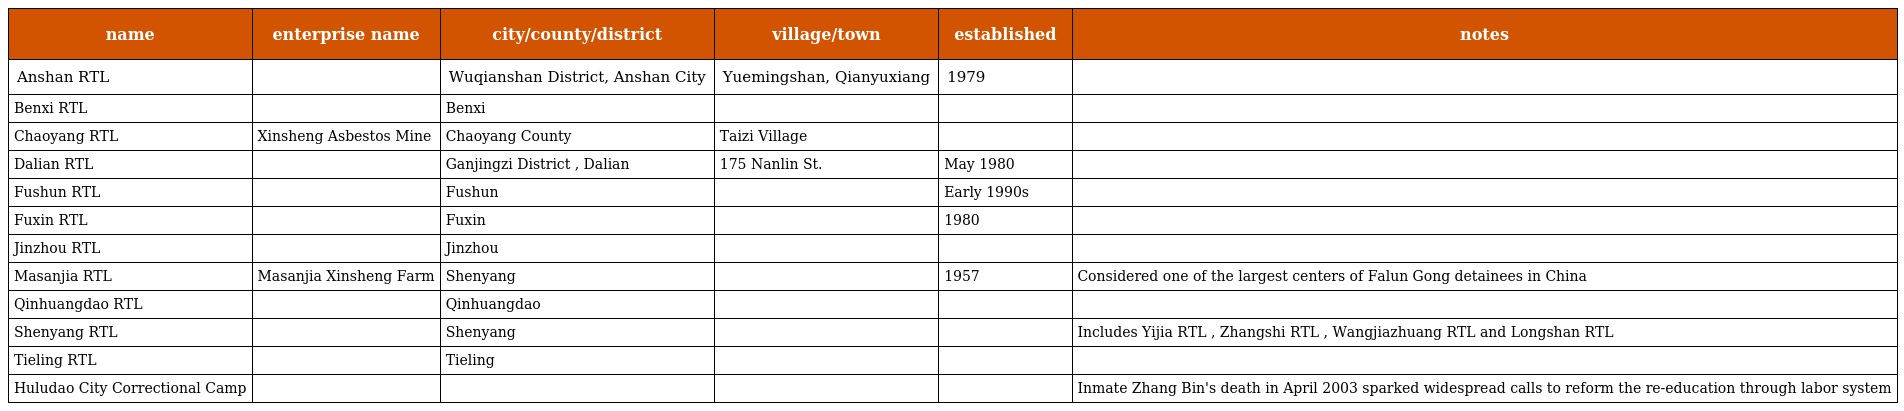
| name | enterprise name | city/county/district | village/town | established | notes |
 | --- | --- | --- | --- | --- | --- |
 | Anshan RTL |  | Wuqianshan District, Anshan City | Yuemingshan, Qianyuxiang | 1979 |  |
 | Benxi RTL |  | Benxi |  |  |  |
 | Chaoyang RTL | Xinsheng Asbestos Mine | Chaoyang County | Taizi Village |  |  |
 | Dalian RTL |  | Ganjingzi District , Dalian | 175 Nanlin St. | May 1980 |  |
 | Fushun RTL |  | Fushun |  | Early 1990s |  |
 | Fuxin RTL |  | Fuxin |  | 1980 |  |
 | Jinzhou RTL |  | Jinzhou |  |  |  |
 | Masanjia RTL | Masanjia Xinsheng Farm | Shenyang |  | 1957 | Considered one of the largest centers of Falun Gong detainees in China |
 | Qinhuangdao RTL |  | Qinhuangdao |  |  |  |
 | Shenyang RTL |  | Shenyang |  |  | Includes Yijia RTL , Zhangshi RTL , Wangjiazhuang RTL and Longshan RTL |
 | Tieling RTL |  | Tieling |  |  |  |
 | Huludao City Correctional Camp |  |  |  |  | Inmate Zhang Bin's death in April 2003 sparked widespread calls to reform the re-education through labor system |